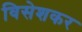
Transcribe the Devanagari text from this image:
विसेशकर